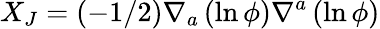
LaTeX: X_{J}=(-1/2)\nabla_{a}\left(\ln{\phi}\right)\nabla^{a}\left(\ln{\phi}\right)